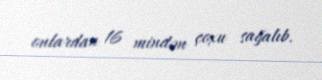
onlardan 16 mindən çoxu sağalıb.